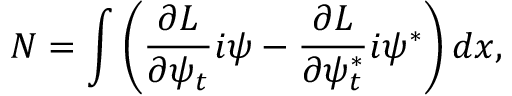
N = \int \left( \frac { \partial { \cal L } } { \partial \psi _ { t } } i \psi - \frac { \partial { \cal L } } { \partial \psi _ { t } ^ { * } } i \psi ^ { * } \right) d x ,